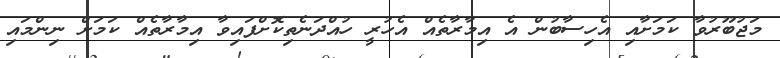
މަޖުބޫރުވާ ކަމަށާއި އެހިސާބުން އެ އިމާރާތެއް އެހުރީ ހުއްދަނެތިކޮށްފައިވާ އިމާރާތެއް ކަމަށް ނިންމައި